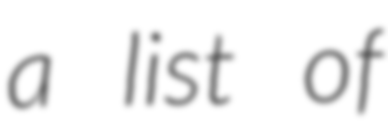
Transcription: a list of